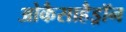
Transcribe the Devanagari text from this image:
ओकैसाहैड्रॉन